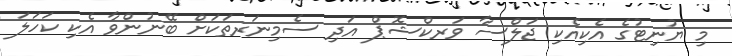
މި ޔުނިޓުގެ އެކިއެކި ޖަލްސާ ވަރކްޝޮޕް އަދި ސެމިނަރތަކަށް ބޭނުންވާ އެކި ކަހަލަ